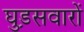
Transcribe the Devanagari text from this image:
घुड़़सवारों